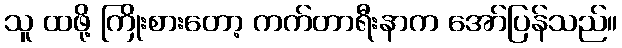
သူ ထဖို့ ကြိုးစားတော့ ကက်တာရီးနာက အော်ပြန်သည်။